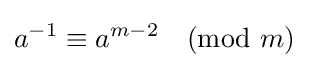
a^{-1}\equiv a^{m-2}{\pmod {m}}